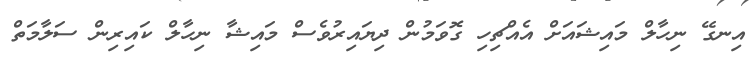
އިނގޭ ނިހާލް މައިޝައަށް އެއްޗިހި ގޮވަމުން ދިޔައިރުވެސް މައިޝާ ނިހާލް ކައިރިން ސަލާމަތް